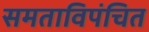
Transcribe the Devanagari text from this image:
समताविपंचित